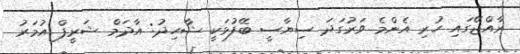
ރާއްޖޭގައި ހުރި އެންމެ ވަރުގަދަ ސިޔާސީ ބޭފުޅަކީ ޝާހިދު: އާދަމް ޝަރީފް އުމަރު